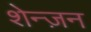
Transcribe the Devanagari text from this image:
शेन्ज़न